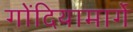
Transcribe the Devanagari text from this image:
गोंदियामार्गे